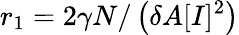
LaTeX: r_{1}=2\gamma N/\left(\delta A[I]^{2}\right)